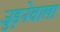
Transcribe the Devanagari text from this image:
जुड़नेवाला